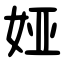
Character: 娅